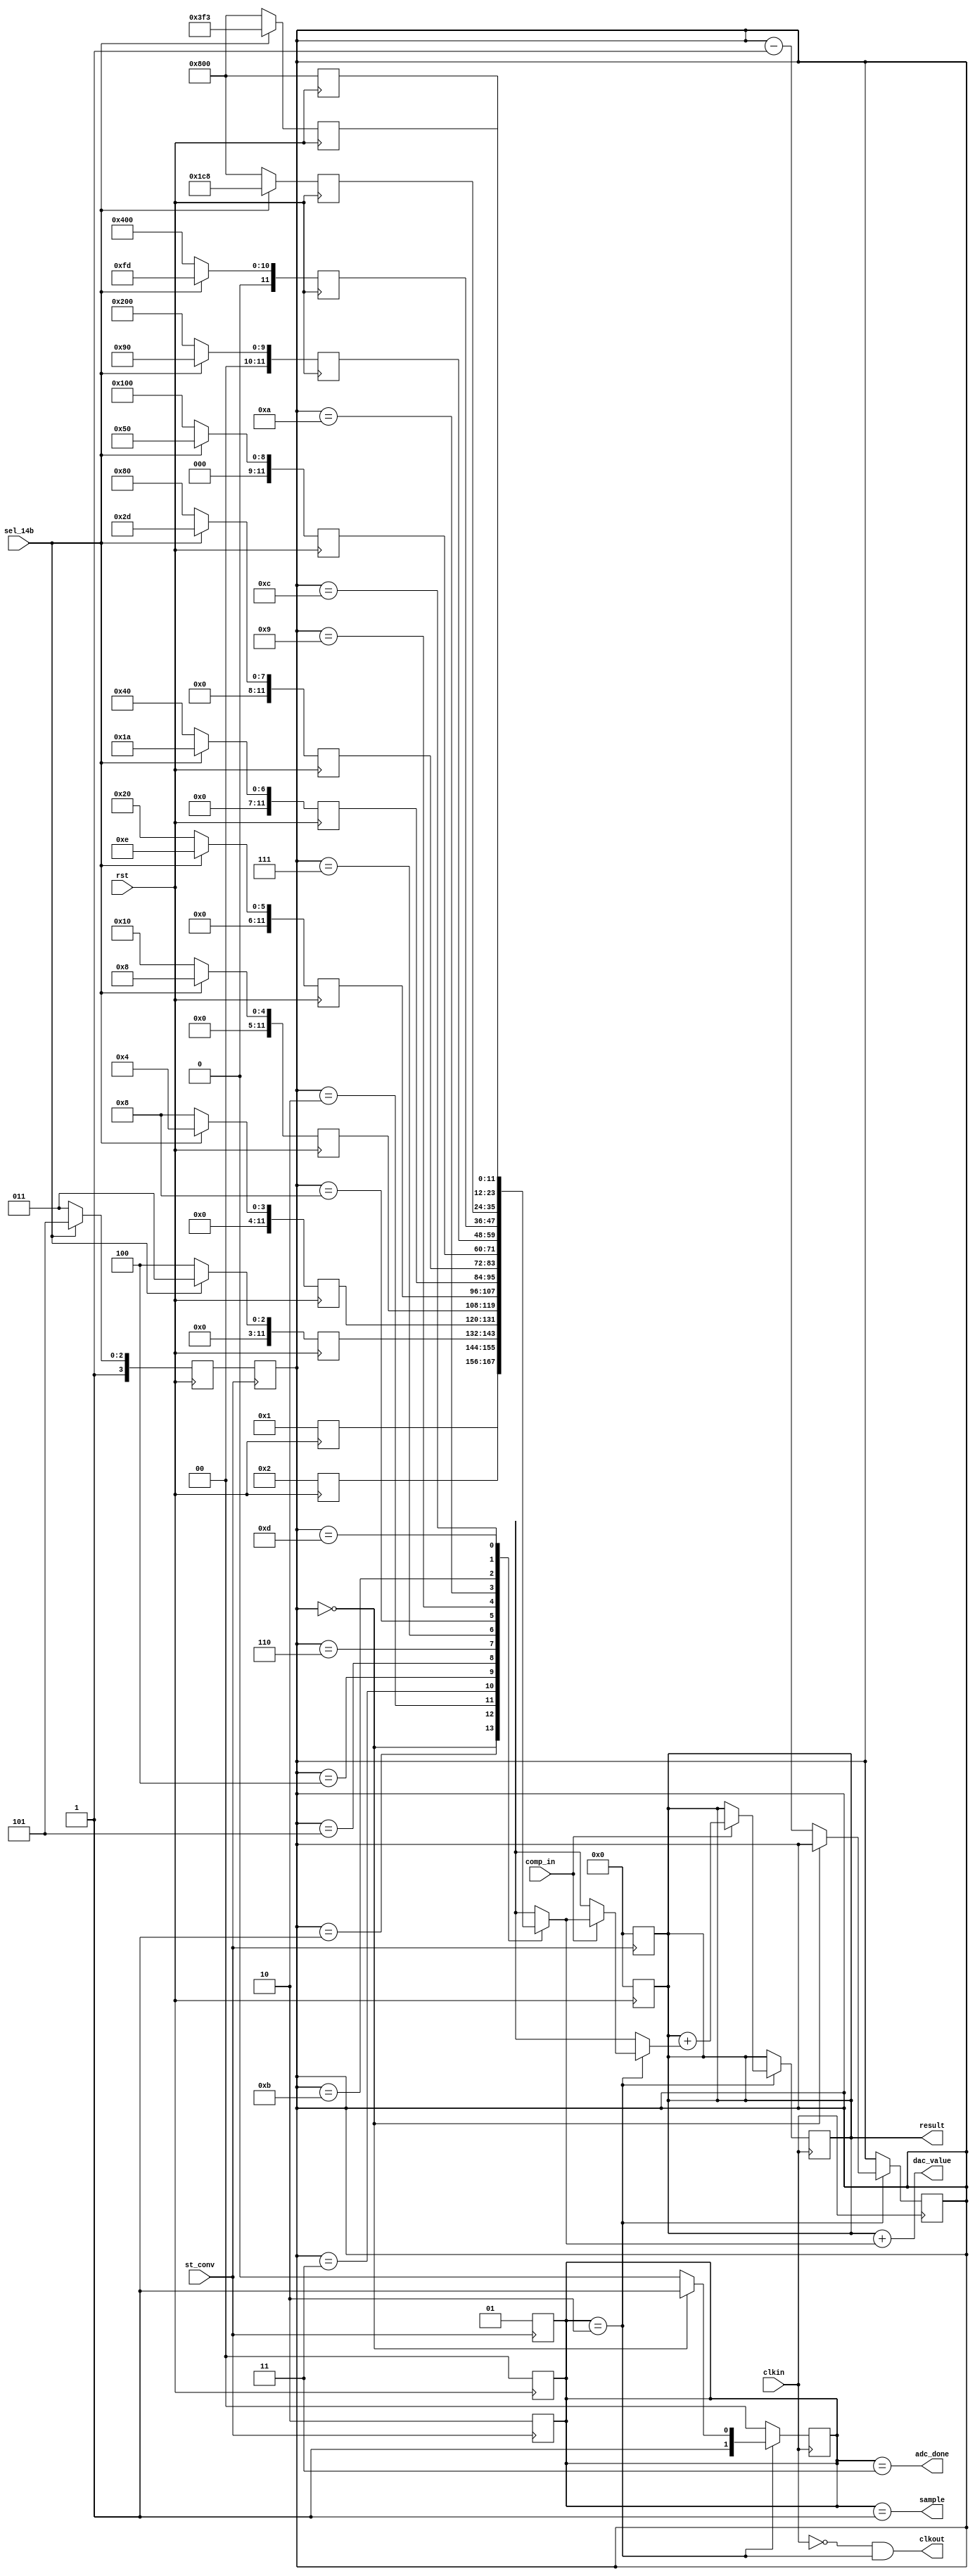
// Adapted from http://math-crunching.blogspot.com/2015/12/sar-logic-verilog-hdl-code.html
// YYK: converted into sort of asynchronous circuit
// implemented as a state machine

`timescale 100ns/1ns

module adc_fsm_12b_generic_v0(   st_conv,
                                 clkout,
                                 clkin,
                                 sample,
                                 result,
                                 dac_value,
                                 comp_in,
                                 adc_done,
                                 rst,
                                 sel_14b);
   
   input  st_conv;         // st_conv has to move from hi to lo to start a conversion
   output clkout;          // clock output to comparator
   input  clkin;           // clock input from comparator
   output sample;          // to S&H switch. Active high
   output [11:0] result;   // final result
   output [11:0] dac_value;// value to feed DAC
   input comp_in;          // comparator output
   output adc_done;        // done=1 when conversion finishes
   input rst;              // for resetting the fsm
   input sel_14b;          // for selecting 12 steps or 14 steps. High means choose 14. Need to reset the ADC to load these values
   
   // reg sample;             // to S&H switch. Active high
   wire clkout;               // clock output to comparator
   // Internal variables and registers
   reg [1:0] state;           // current state in state machine
   reg [11:0] result;         // final ADC answer
   reg [3:0] pointer;         // pointer for the search algo to index the steps
   reg [11:0] steps [13:0];   // array to store step sizes. 12-bit wide steps with depth of 14 steps
   reg [3:0] defaultpointer;  // default pointer to index the ADC steps
   
   // state assignment
   parameter sWait=0, sSample=1, sConv=2, sDone=3;   
   
   // Initialize the step sizes based on T.Ogawa's 2010 paper
   always @ (posedge rst) begin
      if (sel_14b==1) begin
         steps[13] <= 12'd2048;
         steps[12] <= 12'd1011;
         steps[11] <= 12'd456;
         steps[10] <= 12'd253;
         steps[9]  <= 12'd144;
         steps[8]  <= 12'd80;
         steps[7]  <= 12'd45;
         steps[6]  <= 12'd26;
         steps[5]  <= 12'd14;
         steps[4]  <= 12'd8;
         steps[3]  <= 12'd4;
         steps[2]  <= 12'd3;
         steps[1]  <= 12'd2;
         steps[0]  <= 12'd1;
         defaultpointer <= 4'd13;
      end
      else begin
         steps[13]<= 12'd2048;
         steps[12]<= 12'd2048;
         steps[11]<= 12'd2048;
         steps[10]<= 12'd1024;
         steps[9] <= 12'd512;
         steps[8] <= 12'd256;
         steps[7] <= 12'd128;
         steps[6] <= 12'd64;
         steps[5] <= 12'd32;
         steps[4] <= 12'd16;
         steps[3] <= 12'd8;
         steps[2] <= 12'd4;
         steps[1] <= 12'd2;
         steps[0] <= 12'd1;
         defaultpointer <= 4'd11;
      end
      state    <= sWait;
      result   <= 0;
   end
   
   always @ (posedge st_conv) begin
      // If st_conv goes high, start the sampling switch
      state    <= sSample;
      pointer  <= defaultpointer;
      result   <= 0;
   end
   
   always @ (negedge st_conv) begin
      // If st_conv has a falling edge, start the conversion
      state    <= sConv;
   end
   
   // synchronous design
   always @(posedge clkin) begin
   case (state) // choose next state in state machine
      sConv :
         begin
            // clkout <= 0;
            if (comp_in) 
               result <= result + steps[pointer];
            
            // finished once LSB has been done
            if (pointer==0)  begin
               state    <= sDone;
               pointer  <= pointer;
            end
            else begin
               state    <= sConv;
               pointer  <= pointer - 1;
            end
         end
      sDone : state     <= sWait;
      default : state   <= sWait;
   endcase
   end
   
   assign clkout = (!clkin & (state==sConv));
   assign sample = (state==sSample);  // drive sample and hold
   assign dac_value = result + steps[pointer]; // to drive DAC
   assign adc_done = state==sDone;  // indicate when finished

endmodule